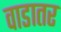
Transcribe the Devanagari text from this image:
वाडातर